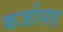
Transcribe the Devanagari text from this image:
कर्जासह